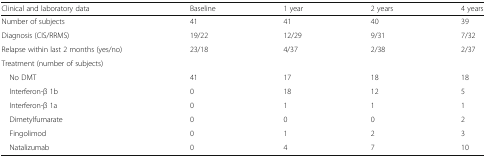
<table><thead><tr><td><b>Clinical and laboratory data</b></td><td><b>Baseline</b></td><td><b>1 year</b></td><td><b>2 years</b></td><td><b>4 years</b></td></tr></thead><tbody><tr><td>Number of subjects</td><td>41</td><td>41</td><td>40</td><td>39</td></tr><tr><td>Diagnosis (CIS/RRMS)</td><td>19/22</td><td>12/29</td><td>9/31</td><td>7/32</td></tr><tr><td>Relapse within last 2 months (yes/no)</td><td>23/18</td><td>4/37</td><td>2/38</td><td>2/37</td></tr><tr><td colspan="5">Treatment (number of subjects)</td></tr><tr><td> No DMT</td><td>41</td><td>17</td><td>18</td><td>18</td></tr><tr><td> Interferon-β 1b</td><td>0</td><td>18</td><td>12</td><td>5</td></tr><tr><td> Interferon-β 1a</td><td>0</td><td>1</td><td>1</td><td>1</td></tr><tr><td> Dimetylfumarate</td><td>0</td><td>0</td><td>0</td><td>2</td></tr><tr><td> Fingolimod</td><td>0</td><td>1</td><td>2</td><td>3</td></tr><tr><td> Natalizumab</td><td>0</td><td>4</td><td>7</td><td>10</td></tr></tbody></table>